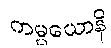
ကမ္မယောနိ